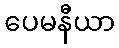
ပေမနီယာ